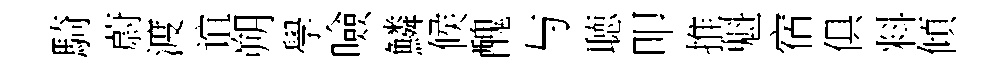
騎蔚渡谊朔學噞鱗候醜与聴叩推魁宿俱料傾